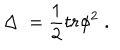
LaTeX: \Delta \; = \frac 1 2 t r \phi ^ { 2 } \; .